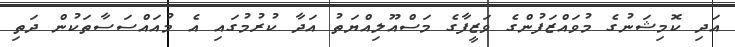
އަދި ކޮމިޝަނުގެ މުވައްޒަފުންގެ ވަޒީފާގެ މަސްއޫލިއްޔަތު އަދާ ކުރުމުގައި އެ މުއައްސަސާތަކުން ދަތި